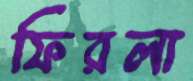
ফিরলা